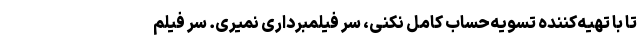
تا با تهیه‌کننده تسویه‌حساب کامل نکنی، سر فیلمبرداری نمیری. سر فیلم